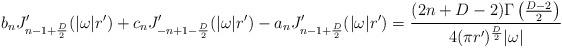
LaTeX: \begin{align*}b_n J'_{n-1+{D\over 2}}(|\omega| r')+c_n J'_{-n+1-{D\over2}}(|\omega| r')-a_nJ'_{n-1+{D\over 2}}(|\omega| r')={(2n+D-2)\Gamma\left ({D-2\over 2}\right )\over 4 (\pi r')^{D\over 2}|\omega|}\end{align*}